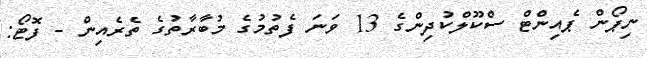
ނިޕޯން ޕެއިންޓް ސްކޫލްކުދިންގެ 13 ވަނަ ފެތުމުގެ މުބާރާތުގެ ތެރެއިން - ފޮޓޯ: